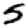
Digit: 5